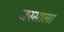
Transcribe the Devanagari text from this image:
जस्साला